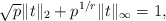
\begin{align*}\sqrt{p} \|t\|_2 + p^{1/r}\|t\|_\infty = 1,\end{align*}